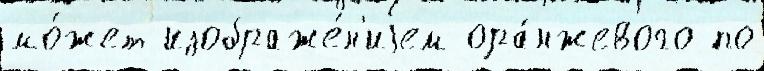
мо́жет изображе́н'иjем ора́нжевого по